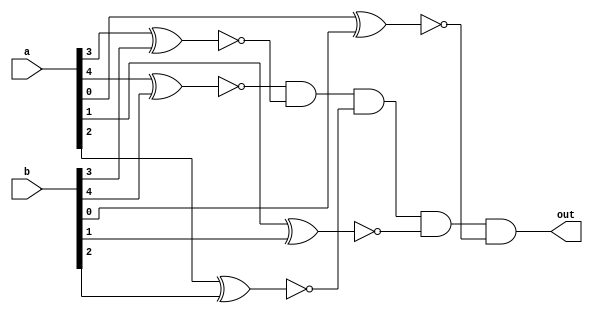
module z_equals_5(a, b, out);
  
   input [4:0] a, b;
   output out;
   
	wire [4:0] c;
	
	
	genvar i;
	generate
		for (i=0; i<5; i=i+1) begin: loop1
			xnor x1(c[i], a[i], b[i]);
		end
	endgenerate
	
	
	assign out = c[4] && c[3] && c[2] && c[1] && c[0];

   
endmodule